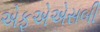
એફએએસબી